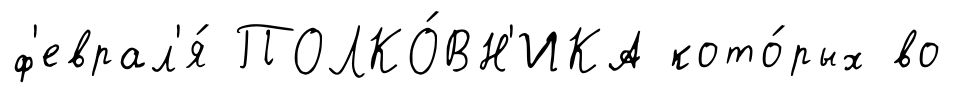
ф'еврал'я́ ПОЛКО́ВН'ИКА кото́рых во